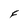
Character: F